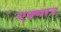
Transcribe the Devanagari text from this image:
एक्मात्र